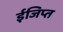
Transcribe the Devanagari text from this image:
ईजिप्‍त